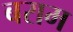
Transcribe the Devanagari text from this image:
बराम